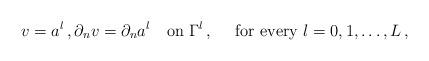
LaTeX: \begin{align*}v=a^l\,,\partial_n v=\partial_n a^l\quad\textrm{on }\Gamma^l\,, \quad\textrm{ for every }l=0,1,\ldots,L\,,\end{align*}